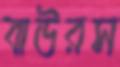
বাউরস